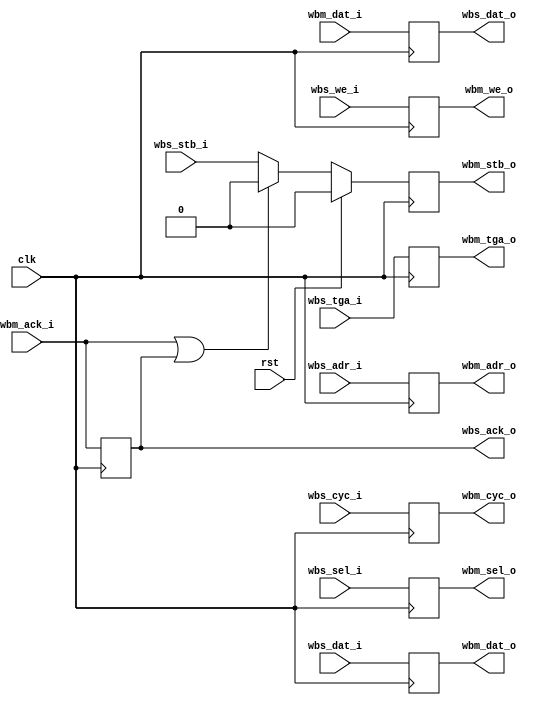
module wb_regslice (
    input clk,
    input rst,
    input      [19:1] wbs_adr_i,
    input      [15:0] wbs_dat_i,
    output reg [15:0] wbs_dat_o,
    input      [ 1:0] wbs_sel_i,
    input             wbs_tga_i,
    input             wbs_stb_i,
    input             wbs_cyc_i,
    input             wbs_we_i,
    output reg        wbs_ack_o,
    output reg [19:1] wbm_adr_o,
    output reg [15:0] wbm_dat_o,
    input      [15:0] wbm_dat_i,
    output reg [ 1:0] wbm_sel_o,
    output reg        wbm_tga_o,
    output reg        wbm_stb_o,
    output reg        wbm_cyc_o,
    output reg        wbm_we_o,
    input             wbm_ack_i
  );
  wire ack_st;
  assign ack_st = wbm_ack_i | wbs_ack_o;
  always @(posedge clk)
    wbm_stb_o <= rst ? 1'b0
      : (ack_st ? 1'b0 : wbs_stb_i);
  always @(posedge clk)
    begin
      wbm_adr_o <= wbs_adr_i;
      wbm_dat_o <= wbs_dat_i;
      wbm_sel_o <= wbs_sel_i;
      wbm_tga_o <= wbs_tga_i;
      wbm_cyc_o <= wbs_cyc_i;
      wbm_we_o  <= wbs_we_i;
    end
  always @(posedge clk)
    begin
      wbs_dat_o <= wbm_dat_i;
      wbs_ack_o <= wbm_ack_i;
    end
endmodule